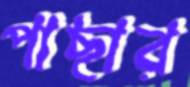
পাছার